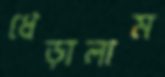
ধেড়ালাম